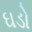
ઘડો